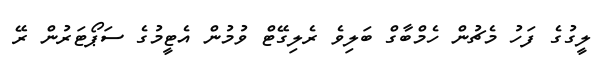
ލީގުގެ ފަހު މެޗުން ހެމްބާގް ބަލިވެ ރެލިގޭޓް ވުމުން އެޓީމުގެ ސަޕޯޓަރުން ރޭ